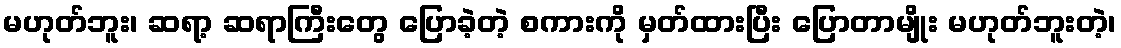
မဟုတ်ဘူး၊ ဆရာ့ ဆရာကြီးတွေ ပြောခဲ့တဲ့ စကားကို မှတ်ထားပြီး ပြောတာမျိုး မဟုတ်ဘူးတဲ့၊